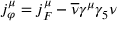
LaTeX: j _ { \varphi } ^ { \mu } = j _ { F } ^ { \mu } - \overline { { { \nu } } } \gamma ^ { \mu } \gamma _ { 5 } \nu